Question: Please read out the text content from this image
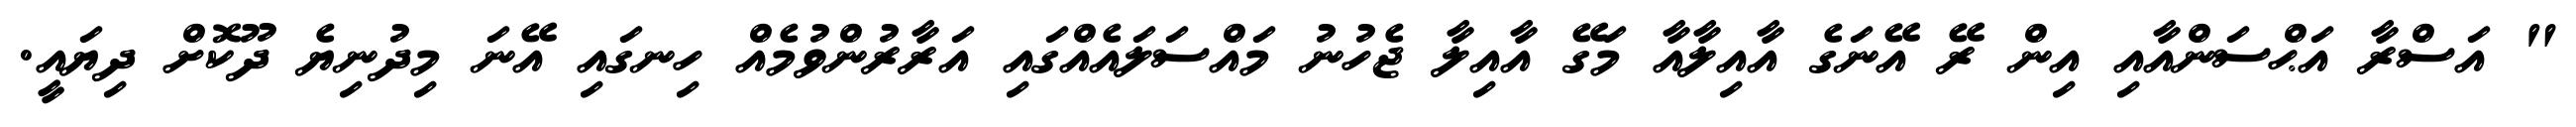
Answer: " އަސްރާ އަޙްސަންއާއި އިން ރޭ އޭނަގެ އާއިލާއާ މަގޭ އާއިލާ ޖެހުނު މައްސަލައެއްގައި އަރާރުންވުމެއް ހިނގައި އޭނަ މިދުނިޔެ ދޫކޮށް ދިޔައީ.